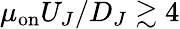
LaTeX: \mu_{\mathrm{on}}U_{J}/D_{J}\gtrsim 4